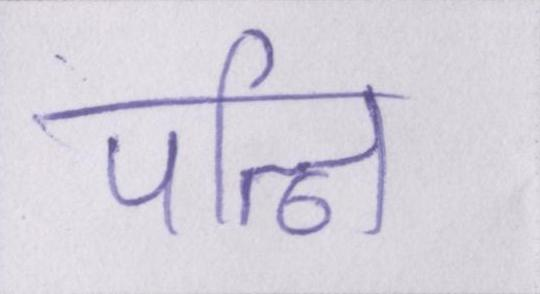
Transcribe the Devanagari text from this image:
पत्नि